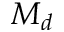
M _ { d }